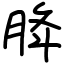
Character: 胮